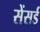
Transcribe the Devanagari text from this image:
सेंसर्ड